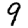
Digit: 9